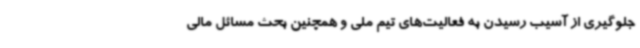
جلوگیری از آسیب رسیدن به فعالیت‌های تیم ملی و همچنین بحث مسائل مالی